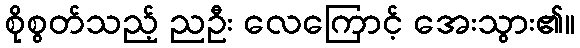
စိုစွတ်သည့် ညဦး လေကြောင့် အေးသွား၏။